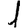
Digit: 1